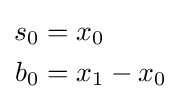
{\begin{aligned}s_{0}&=x_{0}\\b_{0}&=x_{1}-x_{0}\\\end{aligned}}